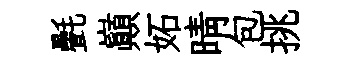
㲲巔妬晴包挑